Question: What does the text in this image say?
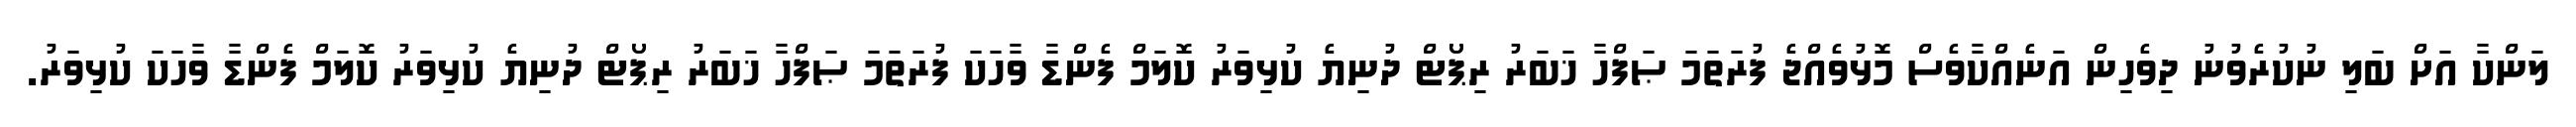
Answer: ލަންކާ އަށް ބަލި ނުކުރެވުނު ދިވެހިން އަނެއްކާވެސް މޮޅުވެއްޖެ ފުރަތަމަ ޞަފްހާ ޚަބަރު ރިޕޯޓް ދުނިޔެ ކުޅިވަރު ކޮލަމް ފެންޑާ ވާހަކަ ފުރަތަމަ ޞަފްހާ ޚަބަރު ރިޕޯޓް ދުނިޔެ ކުޅިވަރު ކޮލަމް ފެންޑާ ވާހަކަ ކުޅިވަރު.